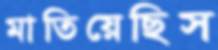
মাতিয়েছিস